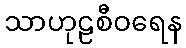
သာဟုဠစီဝရေန